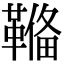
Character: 𩌎